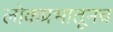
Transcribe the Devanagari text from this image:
लोकप्रभातूनच